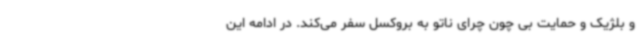
و بلژیک و حمایت بی چون چرای ناتو به بروکسل سفر می‌کند. در ادامه این